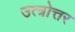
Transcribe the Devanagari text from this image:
उत्त्रोत्तर